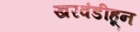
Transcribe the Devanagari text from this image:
खरवंडीहून